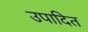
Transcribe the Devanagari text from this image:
उपादित